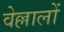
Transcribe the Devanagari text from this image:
वेल्लालों